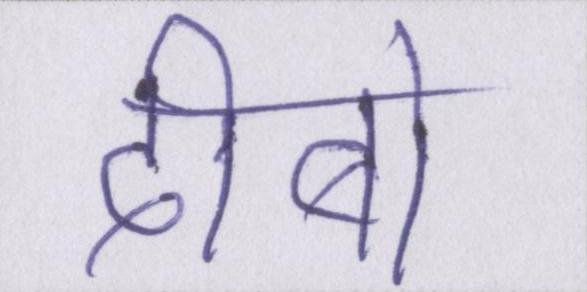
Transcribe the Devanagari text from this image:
दीबो